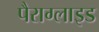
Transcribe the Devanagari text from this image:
पैराग्लाइड